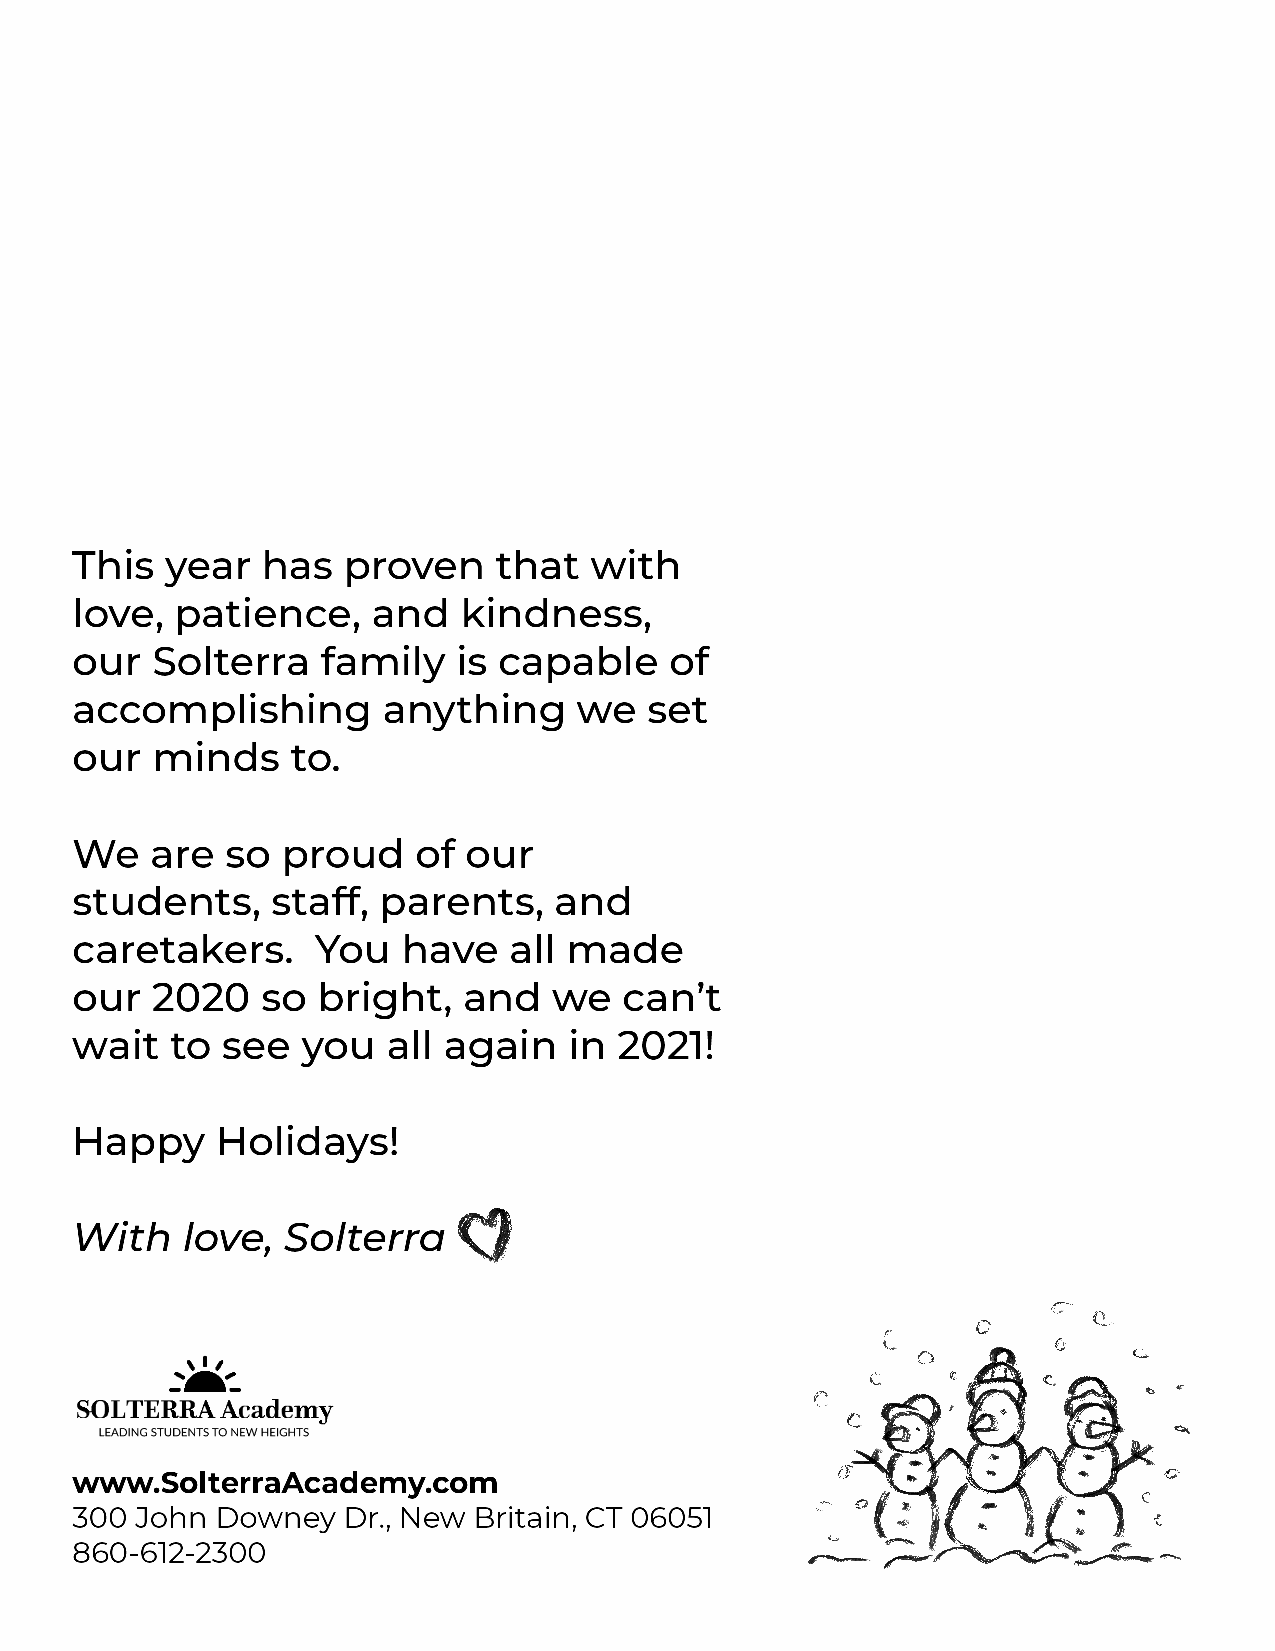
This  year  has   proven    that  with
 love,  patience,    and   kindness,
 our  Solterra   family   is capable    of
 accomplishing       anything     we   set
 our  minds    to.
 We   are  so  proud    of our
 students,    staff, parents,    and
 caretakers.     You   have   all made
 our  2020   so  bright,   and   we  can’t
 wait  to  see  you   all again   in 2021!
 Happy    Holidays!
 With   love,  Solterra
 www.SolterraAcademy.com
 300 John Downey   Dr., New Britain, CT 06051
 860-612-2300